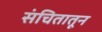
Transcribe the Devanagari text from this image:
संचितातून